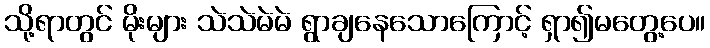
သို့ရာတွင် မိုးများ သဲသဲမဲမဲ ရွာချနေသောကြောင့် ရှာ၍မတွေ့ပေ။